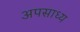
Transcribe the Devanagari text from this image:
अपसाध्य